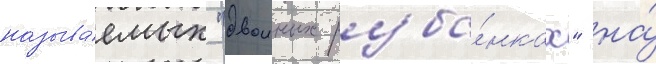
называ́емых "двоиных руба́нках" на́